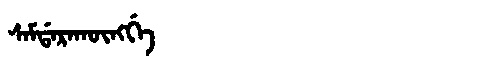
Manchu: ᠰᠠᠮᡩᠠᡵᠠᡴᡡᠩᡤᡝ
Romanization: SAMDARAKŪNGGE